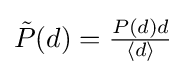
\textstyle {\tilde {P}}(d)={\frac {P(d)d}{\langle d\rangle }}